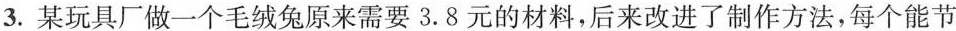
3.某玩具厂做一个毛绒兔原来需要3.8元的材料，后来改进了制作方法，每个能节